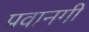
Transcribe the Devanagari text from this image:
प्रवानगी